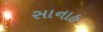
સાનાહ